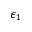
\epsilon _ { 1 }